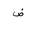
Letter: _dad